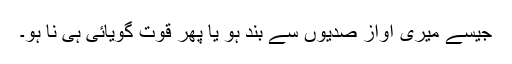
جیسے میری آواز صدیوں سے بند ہو یا پھر قوت گویائی ہی نا ہو۔